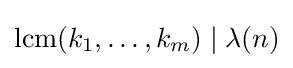
\operatorname {lcm} (k_{1},\dots ,k_{m})\mid \lambda (n)